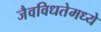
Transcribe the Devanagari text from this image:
जैवविधतेमध्ये